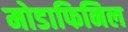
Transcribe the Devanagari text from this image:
मोडाफिनिल